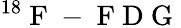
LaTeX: {}^{18}\mathrm{~F~-~F~D~G~}